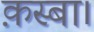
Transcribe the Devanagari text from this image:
क़स्बा।